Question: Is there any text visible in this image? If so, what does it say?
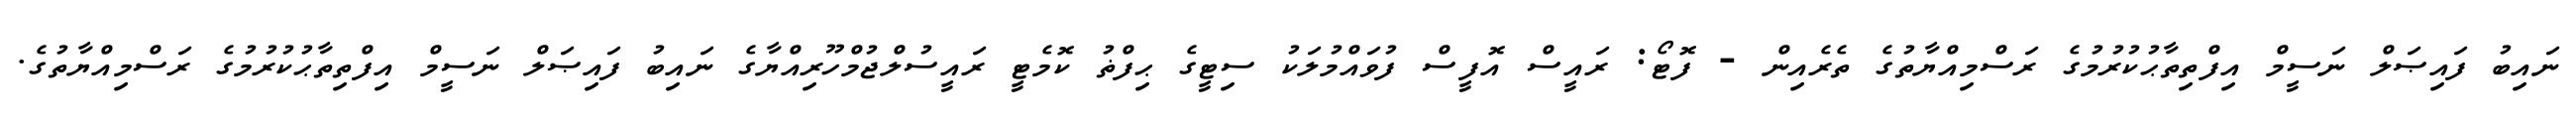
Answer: ނައިބު ފައިޞަލް ނަސީމް އިފްތިތާޙުކުރުމުގެ ރަސްމިއްޔާތުގެ ތެރެއިން - ފޮޓޯ: ރައީސް އޮފީސް ފުވައްމުލަކު ސިޓީގެ ޙިފްޡު ކޮމެޓީ ރައީސުލްޖުމްހޫރިއްޔާގެ ނައިބު ފައިޞަލް ނަސީމް އިފްތިތާޙުކުރުމުގެ ރަސްމިއްޔާތުގެ.